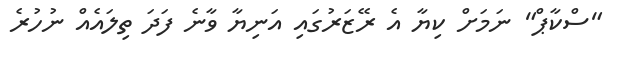
"ސްކާޕް" ނަމަށް ކިޔާ އެ ރޭޒަރުގައި އަނިޔާ ވާނެ ފަދަ ތިލައެއް ނުހުރެ